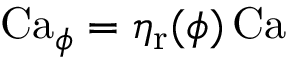
\mathrm { C a } _ { \phi } = \eta _ { \mathrm { r } } ( \phi ) \, \mathrm { C a }